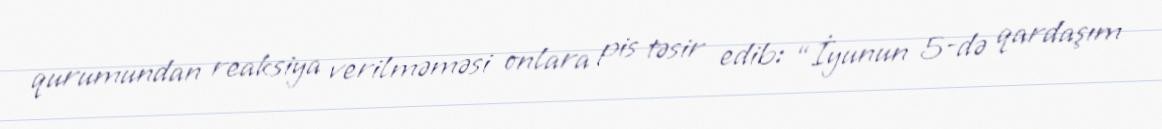
qurumundan reaksiya verilməməsi onlara pis təsir edib: “İyunun 5-də qardaşım